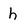
Character: h